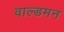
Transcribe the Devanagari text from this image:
वाल्डमन